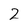
Character: 2